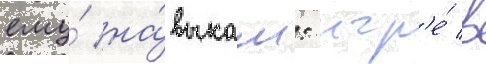
ему́ на́выкам: игр'е́ в